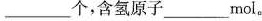
___个，含氢原子___mol。